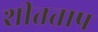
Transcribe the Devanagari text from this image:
शीतताप